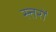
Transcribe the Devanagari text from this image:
स्त्तरों